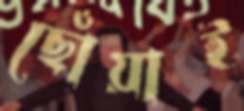
ছোঁয়াই